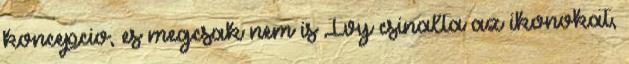
koncepcio, es megcsak nem is Ivy csinalta az ikonokat,